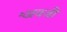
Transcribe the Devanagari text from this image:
अैवजी